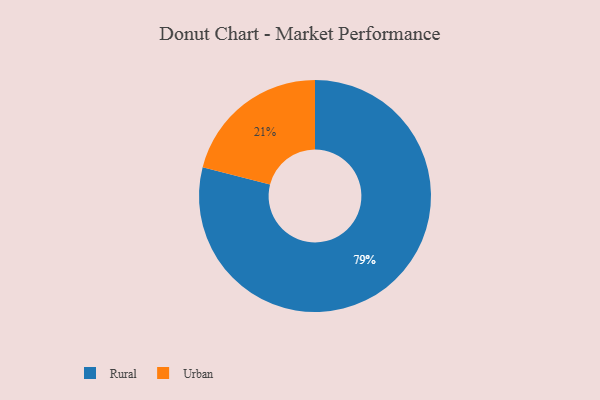
{"axis": {"x": "Category", "y": "Percentage"}, "legend": ["Rural", "Urban"], "data": [{"x": "Urban", "y": 21, "type": "Urban"}, {"x": "Rural", "y": 79, "type": "Rural"}]}